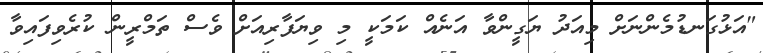
"އަޅުގަނޑުމެންނަށް މިއަދު ޔަގީންވާ އަނެއް ކަމަކީ މި ވިޔަފާރިއަށް ވެސް ތަމްރީން ކުރެވިފައިވާ